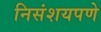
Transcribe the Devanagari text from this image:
निसंशयपणे